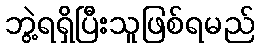
ဘွဲ့ရရှိပြီးသူဖြစ်ရမည်